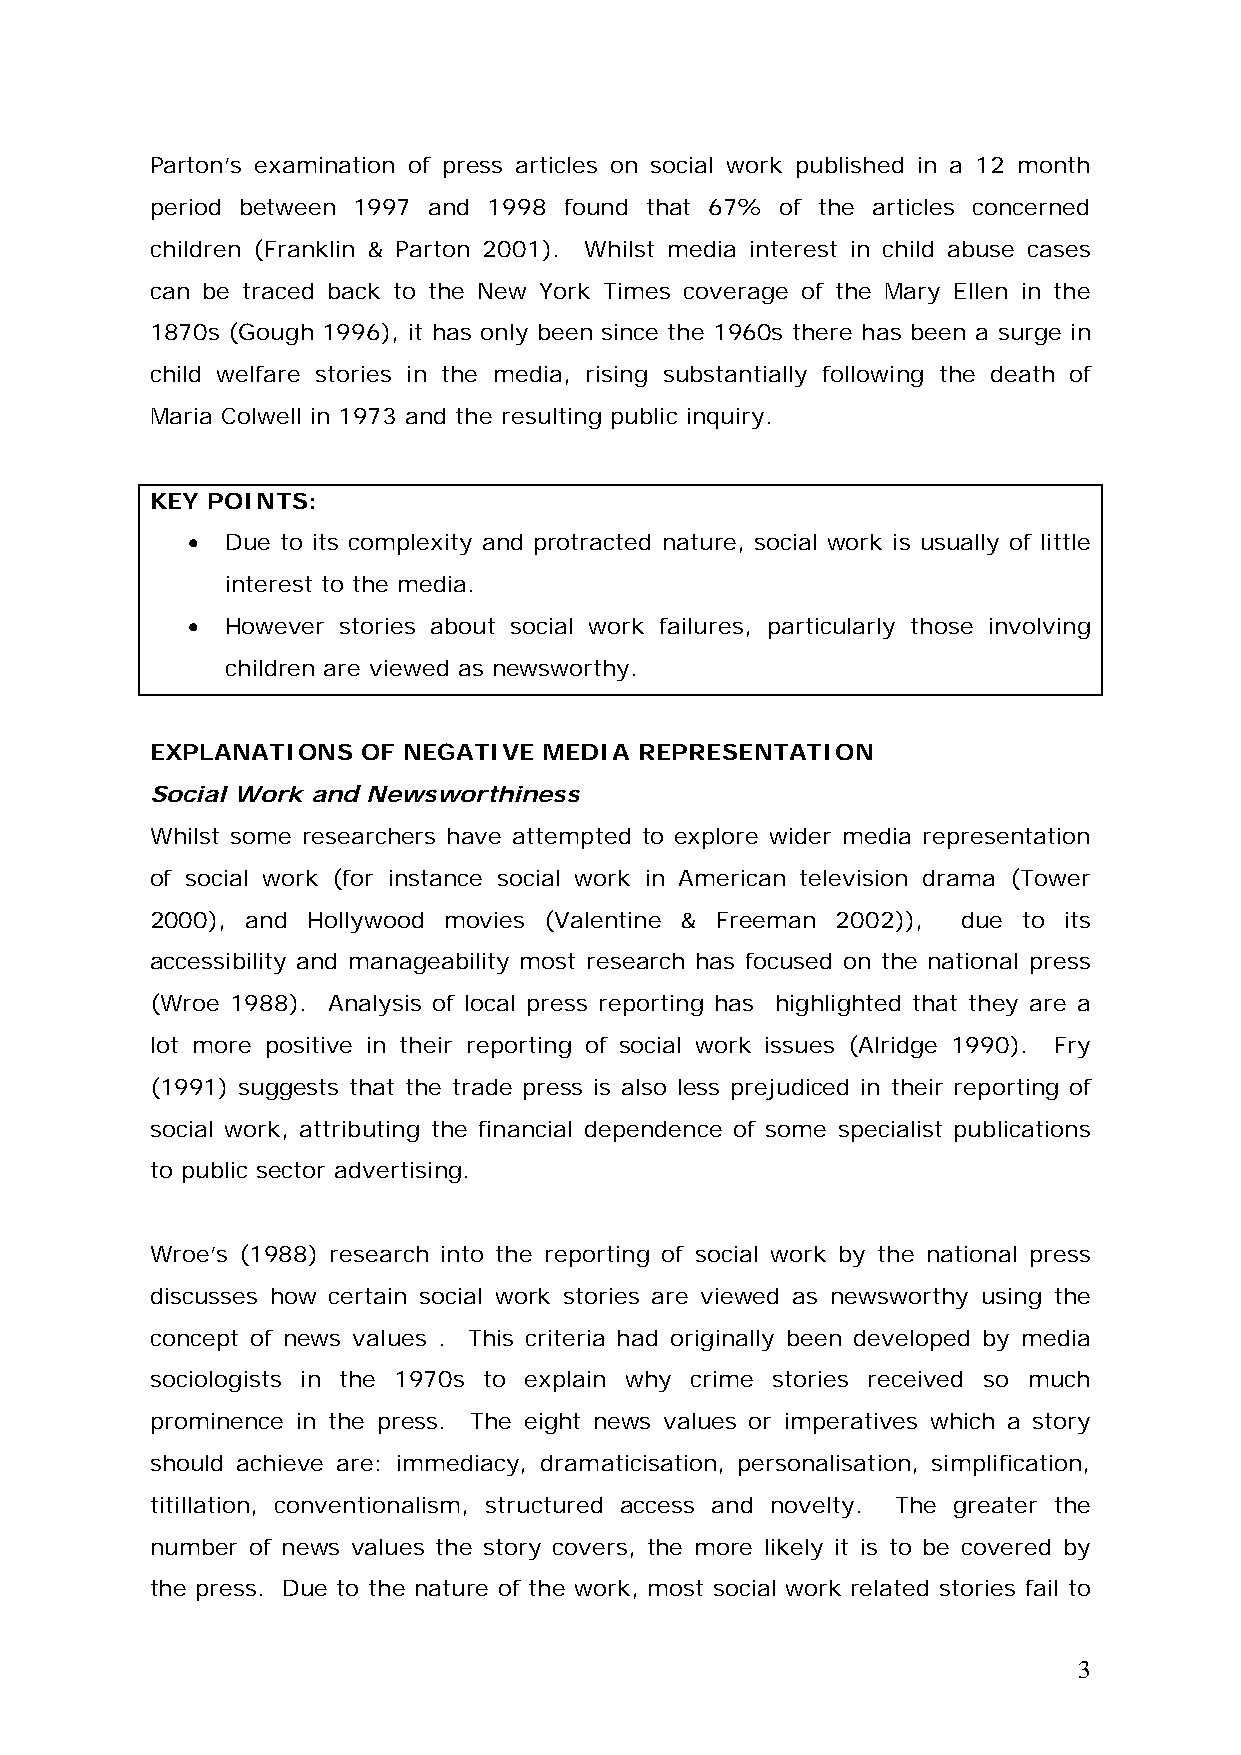
Parton’s examination of press articles on social work published in a 12 month
 period between 1997 and 1998 found that 67% of the articles concerned
 children (Franklin & Parton 2001). Whilst media interest in child abuse cases
 can be traced back to the New York Times coverage of the Mary Ellen in the
 1870s (Gough 1996), it has only been since the 1960s there has been a surge in
 child welfare stories in the media, rising substantially following the death of
 Maria Colwell in 1973 and the resulting public inquiry.
 KEY POINTS:
 •  Due to its complexity and protracted nature, social work is usually of little
 interest to the media.
 •  However stories about social work failures, particularly those involving
 children are viewed as newsworthy.
 EXPLANATIONS  OF NEGATIVE MEDIA REPRESENTATION
 Social Work and Newsworthiness
 Whilst some researchers have attempted to explore wider media representation
 of social work (for instance social work in American television drama (Tower
 2000), and Hollywood movies (Valentine & Freeman 2002)), due to its
 accessibility and manageability most research has focused on the national press
 (Wroe 1988). Analysis of local press reporting has highlighted that they are a
 lot more positive in their reporting of social work issues (Alridge 1990). Fry
 (1991) suggests that the trade press is also less prejudiced in their reporting of
 social work, attributing the financial dependence of some specialist publications
 to public sector advertising.
 Wroe’s (1988) research into the reporting of social work by the national press
 discusses how certain social work stories are viewed as newsworthy using the
 concept of news values . This criteria had originally been developed by media
 sociologists in the 1970s to explain why crime stories received so much
 prominence in the press. The eight news values or imperatives which a story
 should achieve are: immediacy, dramaticisation, personalisation, simplification,
 titillation, conventionalism, structured access and novelty. The greater the
 number of news values the story covers, the more likely it is to be covered by
 the press. Due to the nature of the work, most social work related stories fail to
 3